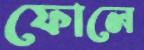
ফোলে